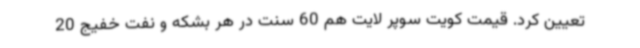
تعیین کرد. قیمت کویت سوپر لایت هم 60 سنت در هر بشکه و نفت خفیج 20